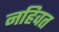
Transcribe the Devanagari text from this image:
नहिवत